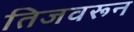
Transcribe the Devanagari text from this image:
तिजवरून